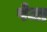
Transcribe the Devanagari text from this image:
पेजा